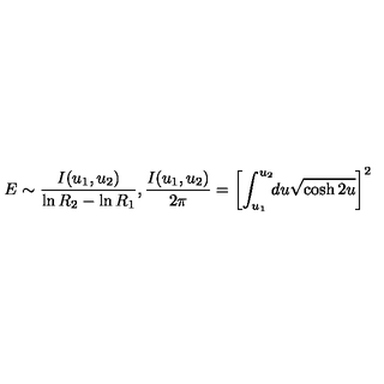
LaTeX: E \sim { \frac { I ( u _ { 1 } , u _ { 2 } ) } { \ln R _ { 2 } - \ln R _ { 1 } } } , { \frac { I ( u _ { 1 } , u _ { 2 } ) } { 2 \pi } } = \left[ \int _ { u _ { 1 } } ^ { u _ { 2 } } \! \! d u \sqrt { \cosh 2 u } \right] ^ { 2 }